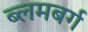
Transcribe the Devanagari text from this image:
ब्लमबर्ग